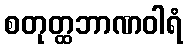
စတုတ္ထဘာဏဝါရံ